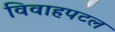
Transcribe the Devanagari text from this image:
विवाहपटल